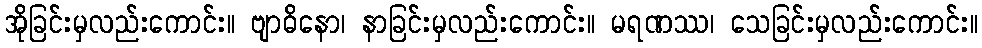
အိုခြင်းမှလည်းကောင်း။ ဗျာဓိနော၊ နာခြင်းမှလည်းကောင်း။ မရဏဿ၊ သေခြင်းမှလည်းကောင်း။